Preliminary report on the killing of rats and rat fleas by hydrocyanic acid gas - Number 38
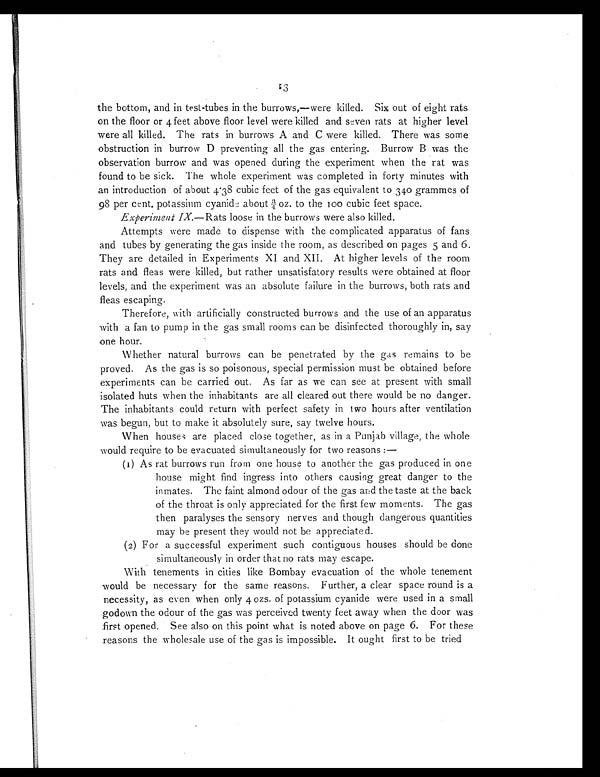
13
the bottom, and in test-tubes in the burrows,—were killed. Six out of eight rats
on the floor or 4 feet above floor level were killed and seven rats at higher level
were all killed. The rats in burrows A and C were killed. There was some
obstruction in burrow D preventing all the gas entering. Burrow B was the
observation burrow and was opened during the experiment when the rat was
found to be sick. The whole experiment was completed in forty minutes with
an introduction of about 438 cubic feet of the gas equivalent to 340 grammes of
98 per cent. potassium cyanide about ¾ oz. to the 100 cubic feet space.
Experiment IX.—Rats loose in the burrows were also killed.
Attempts were made to dispense with the complicated apparatus of fans
and tubes by generating the gas inside the room, as described on pages 5 and 6.
They are detailed in Experiments XI and XII. At higher levels of the room
rats and fleas were killed, but rather unsatisfatory results were obtained at floor
levels, and the experiment was an absolute failure in the burrows, both rats and
fleas escaping.
Therefore, with artificially constructed burrows and the use of an apparatus
with a fan to pump in the gas small rooms can be disinfected thoroughly in, say
one hour.
Whether natural burrows can be penetrated by the gas remains to be
proved. As the gas is so poisonous, special permission must be obtained before
experiments can be carried out. As far as we can see at present with small
isolated huts when the inhabitants are all cleared out there would be no danger.
The inhabitants could return with perfect safety in two hours after ventilation
was begun, but to make it absolutely sure, say twelve hours.
When houses are placed close together, as in a Punjab village, the whole
would require to be evacuated simultaneously for two reasons :-
(1) As rat burrows run from one house to another the gas produced in one
house might find ingress into others causing great danger to the
inmates. The faint almond odour of the gas and the taste at the back
of the throat is only appreciated for the first few moments. The gas
then paralyses the sensory nerves and though dangerous quantities
may be present they would not be appreciated.
(2) For a successful experiment such contiguous houses should be done
simultaneously in order that no rats may escape.
With tenements in cities like Bombay evacuation of the whole tenement
would be necessary for the same reasons. Further, a clear space round is a
necessity, as even when only 4 ozs. of potassium cyanide were used in a small
godown the odour of the gas was perceived twenty feet away when the door was
first opened. See also on this point what is noted above on page 6. For these
reasons the wholesale use of the gas is impossible. It ought first to be tried